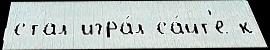
стал игра́л са́йт'е к